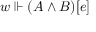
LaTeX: w \Vdash ( A \land B ) [ e ]